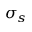
\sigma _ { s }